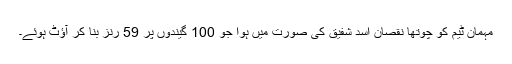
مہمان ٹیم کو چوتھا نقصان اسد شفیق کی صورت میں ہوا جو 100 گیندوں پر 59 رنز بنا کر آﺅٹ ہوئے۔